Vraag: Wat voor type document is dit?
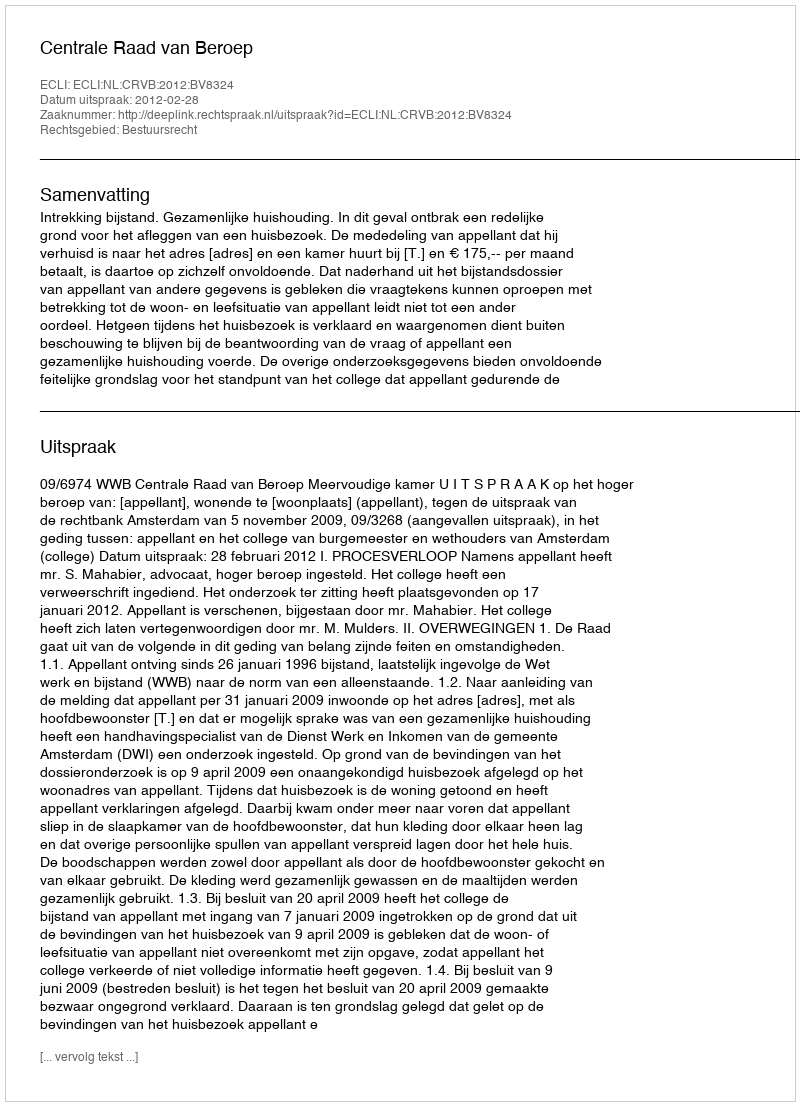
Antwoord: Uitspraak